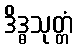
ဒိဒ္ဓသုတ္တံ